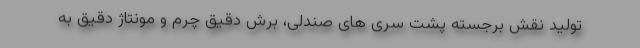
تولید نقش برجسته پشت سری های صندلی، برش دقیق چرم و مونتاژ دقیق به